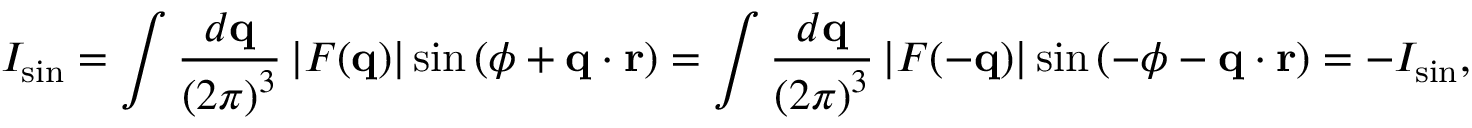
I _ { \sin } = \int { \frac { d \mathbf { q } } { \left( 2 \pi \right) ^ { 3 } } } \left| F ( \mathbf { q } ) \right| \sin \left( \phi + \mathbf { q } \cdot \mathbf { r } \right) = \int { \frac { d \mathbf { q } } { \left( 2 \pi \right) ^ { 3 } } } \left| F ( \mathbf { - q } ) \right| \sin \left( - \phi - \mathbf { q } \cdot \mathbf { r } \right) = - I _ { \sin } ,